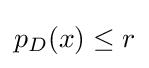
{\textstyle p_{D}(x)\leq r}